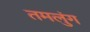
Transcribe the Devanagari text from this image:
तमलुंग